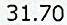
31.70